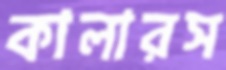
কালারস